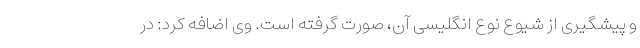
و پیشگیری از شیوع نوع انگلیسی آن، صورت گرفته است. وی اضافه کرد: در